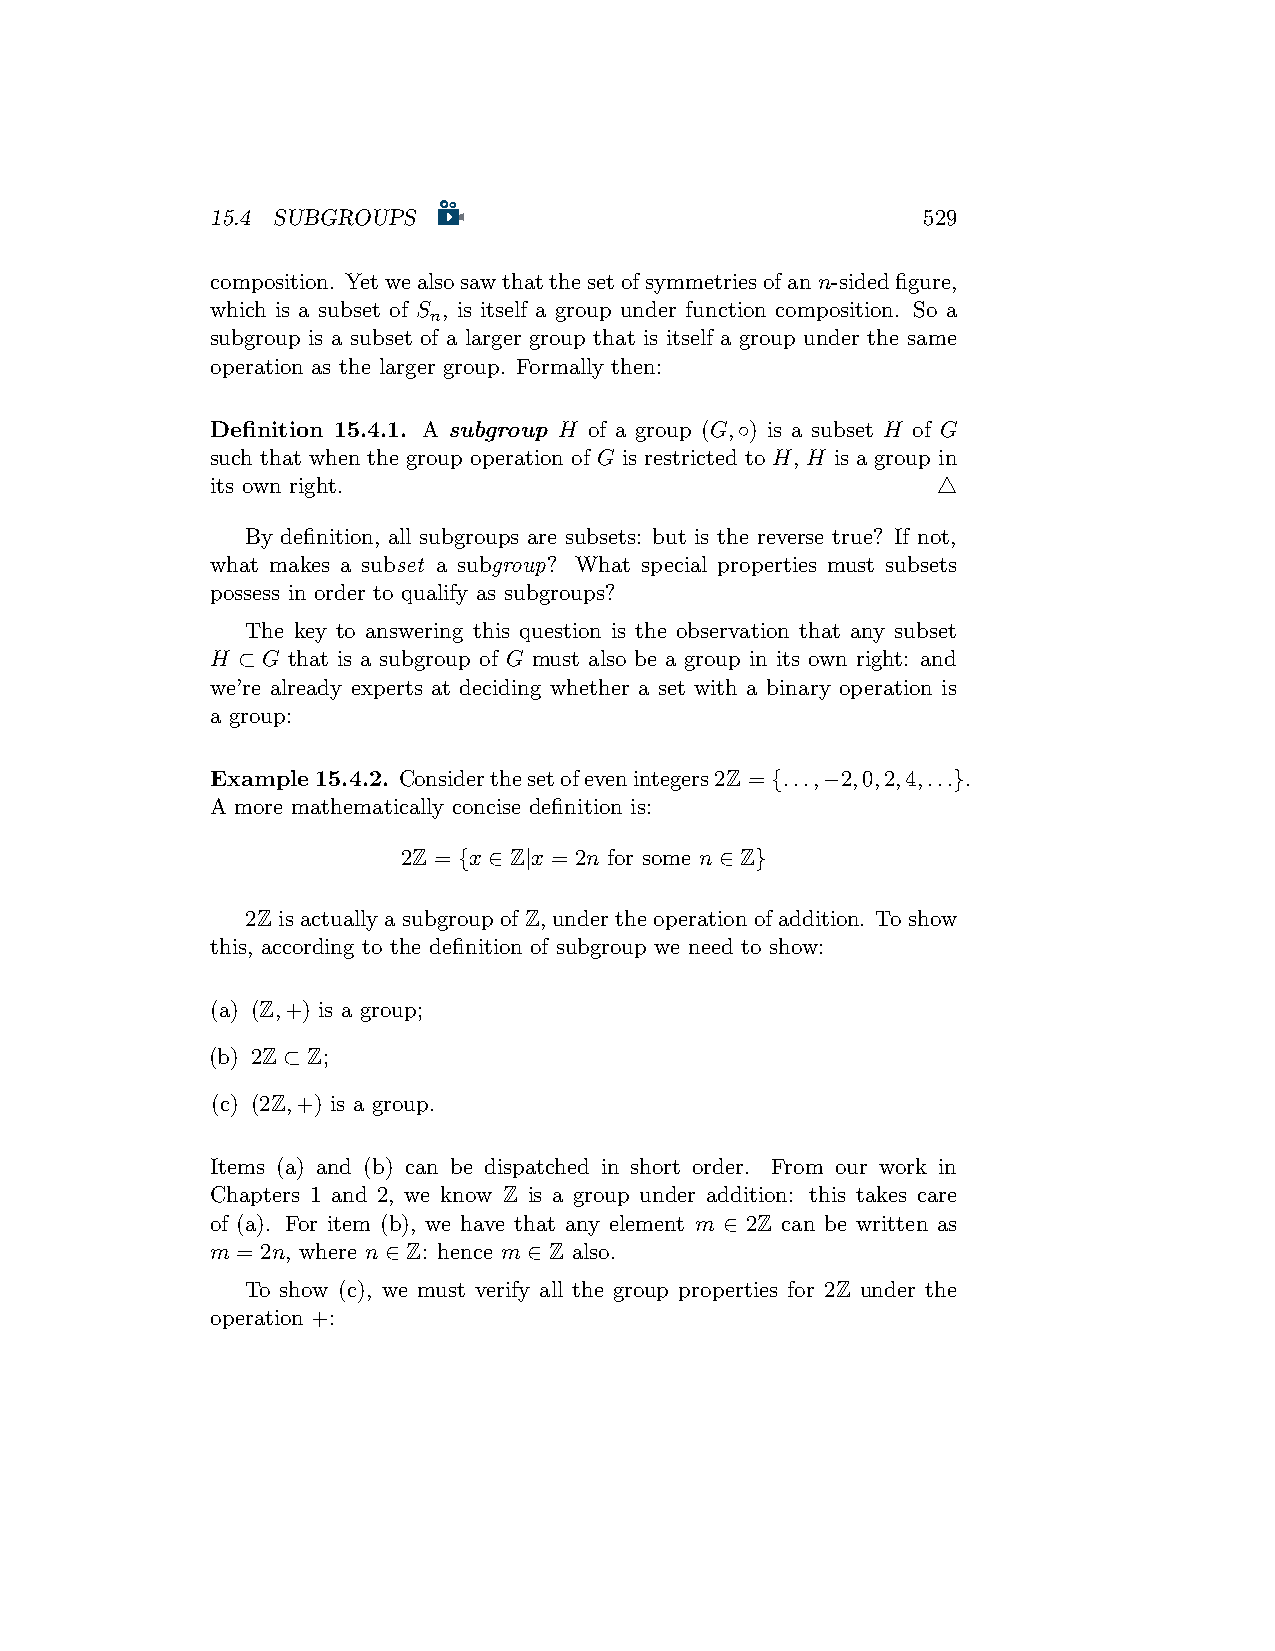
15.4 SUBGROUPS                                 529
 composition. Yetwealsosawthatthesetofsymmetriesofann-sidedfigure,
 which is a subset of S , is itself a group under function composition. So a
 n
 subgroup is a subset of a larger group that is itself a group under the same
 operation as the larger group. Formally then:
 Definition 15.4.1. A subgroup H of a group (G,◦) is a subset H of G
 such that when the group operation of G is restricted to H, H is a group in
 its own right.                                  △
 By definition, all subgroups are subsets: but is the reverse true? If not,
 what makes a subset a subgroup? What special properties must subsets
 possess in order to qualify as subgroups?
 The key to answering this question is the observation that any subset
 H ⊂ G that is a subgroup of G must also be a group in its own right: and
 we’re already experts at deciding whether a set with a binary operation is
 a group:
 Example15.4.2. Considerthesetofevenintegers2Z = {...,−2,0,2,4,...}.
 A more mathematically concise definition is:
 2Z = {x ∈ Z|x = 2n for some n ∈ Z}
 2Z is actually a subgroup of Z, under the operation of addition. To show
 this, according to the definition of subgroup we need to show:
 (a) (Z,+) is a group;
 (b) 2Z ⊂ Z;
 (c) (2Z,+) is a group.
 Items (a) and (b) can be dispatched in short order. From our work in
 Chapters 1 and 2, we know Z is a group under addition: this takes care
 of (a). For item (b), we have that any element m ∈ 2Z can be written as
 m = 2n, where n ∈ Z: hence m ∈ Z also.
 To show (c), we must verify all the group properties for 2Z under the
 operation +: